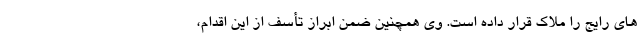
های رایج را ملاک قرار داده است. وی همچنین ضمن ابراز تأسف از این اقدام،